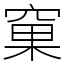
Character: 窠